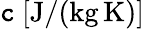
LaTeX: \mathtt{c}\ [\mathrm{{J/(kg\, K)}}]